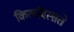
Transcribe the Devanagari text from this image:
किलबिलाते